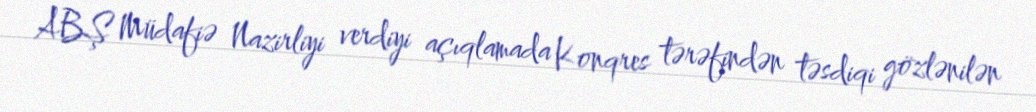
ABŞ Müdafiə Nazirliyi verdiyi açıqlamada Konqres tərəfindən təsdiqi gözlənilən